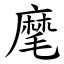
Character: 麾